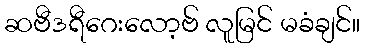
ဆဗီဒရီဂေးလော့ဗ် လူမြင် မခံချင်။